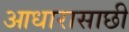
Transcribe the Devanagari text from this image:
आधारासाछी